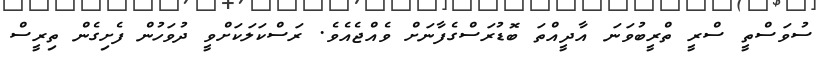
ސުވަސްތީ ސްރީ ތްރީބުވަނަ އާދީއްތަ ބޮޑުރަސްގެފާނަށް ވެއްޖެއެވެ. ރަސްކަލަކަށްވީ ދުވަހުން ފެށިގެން ތިރީސް